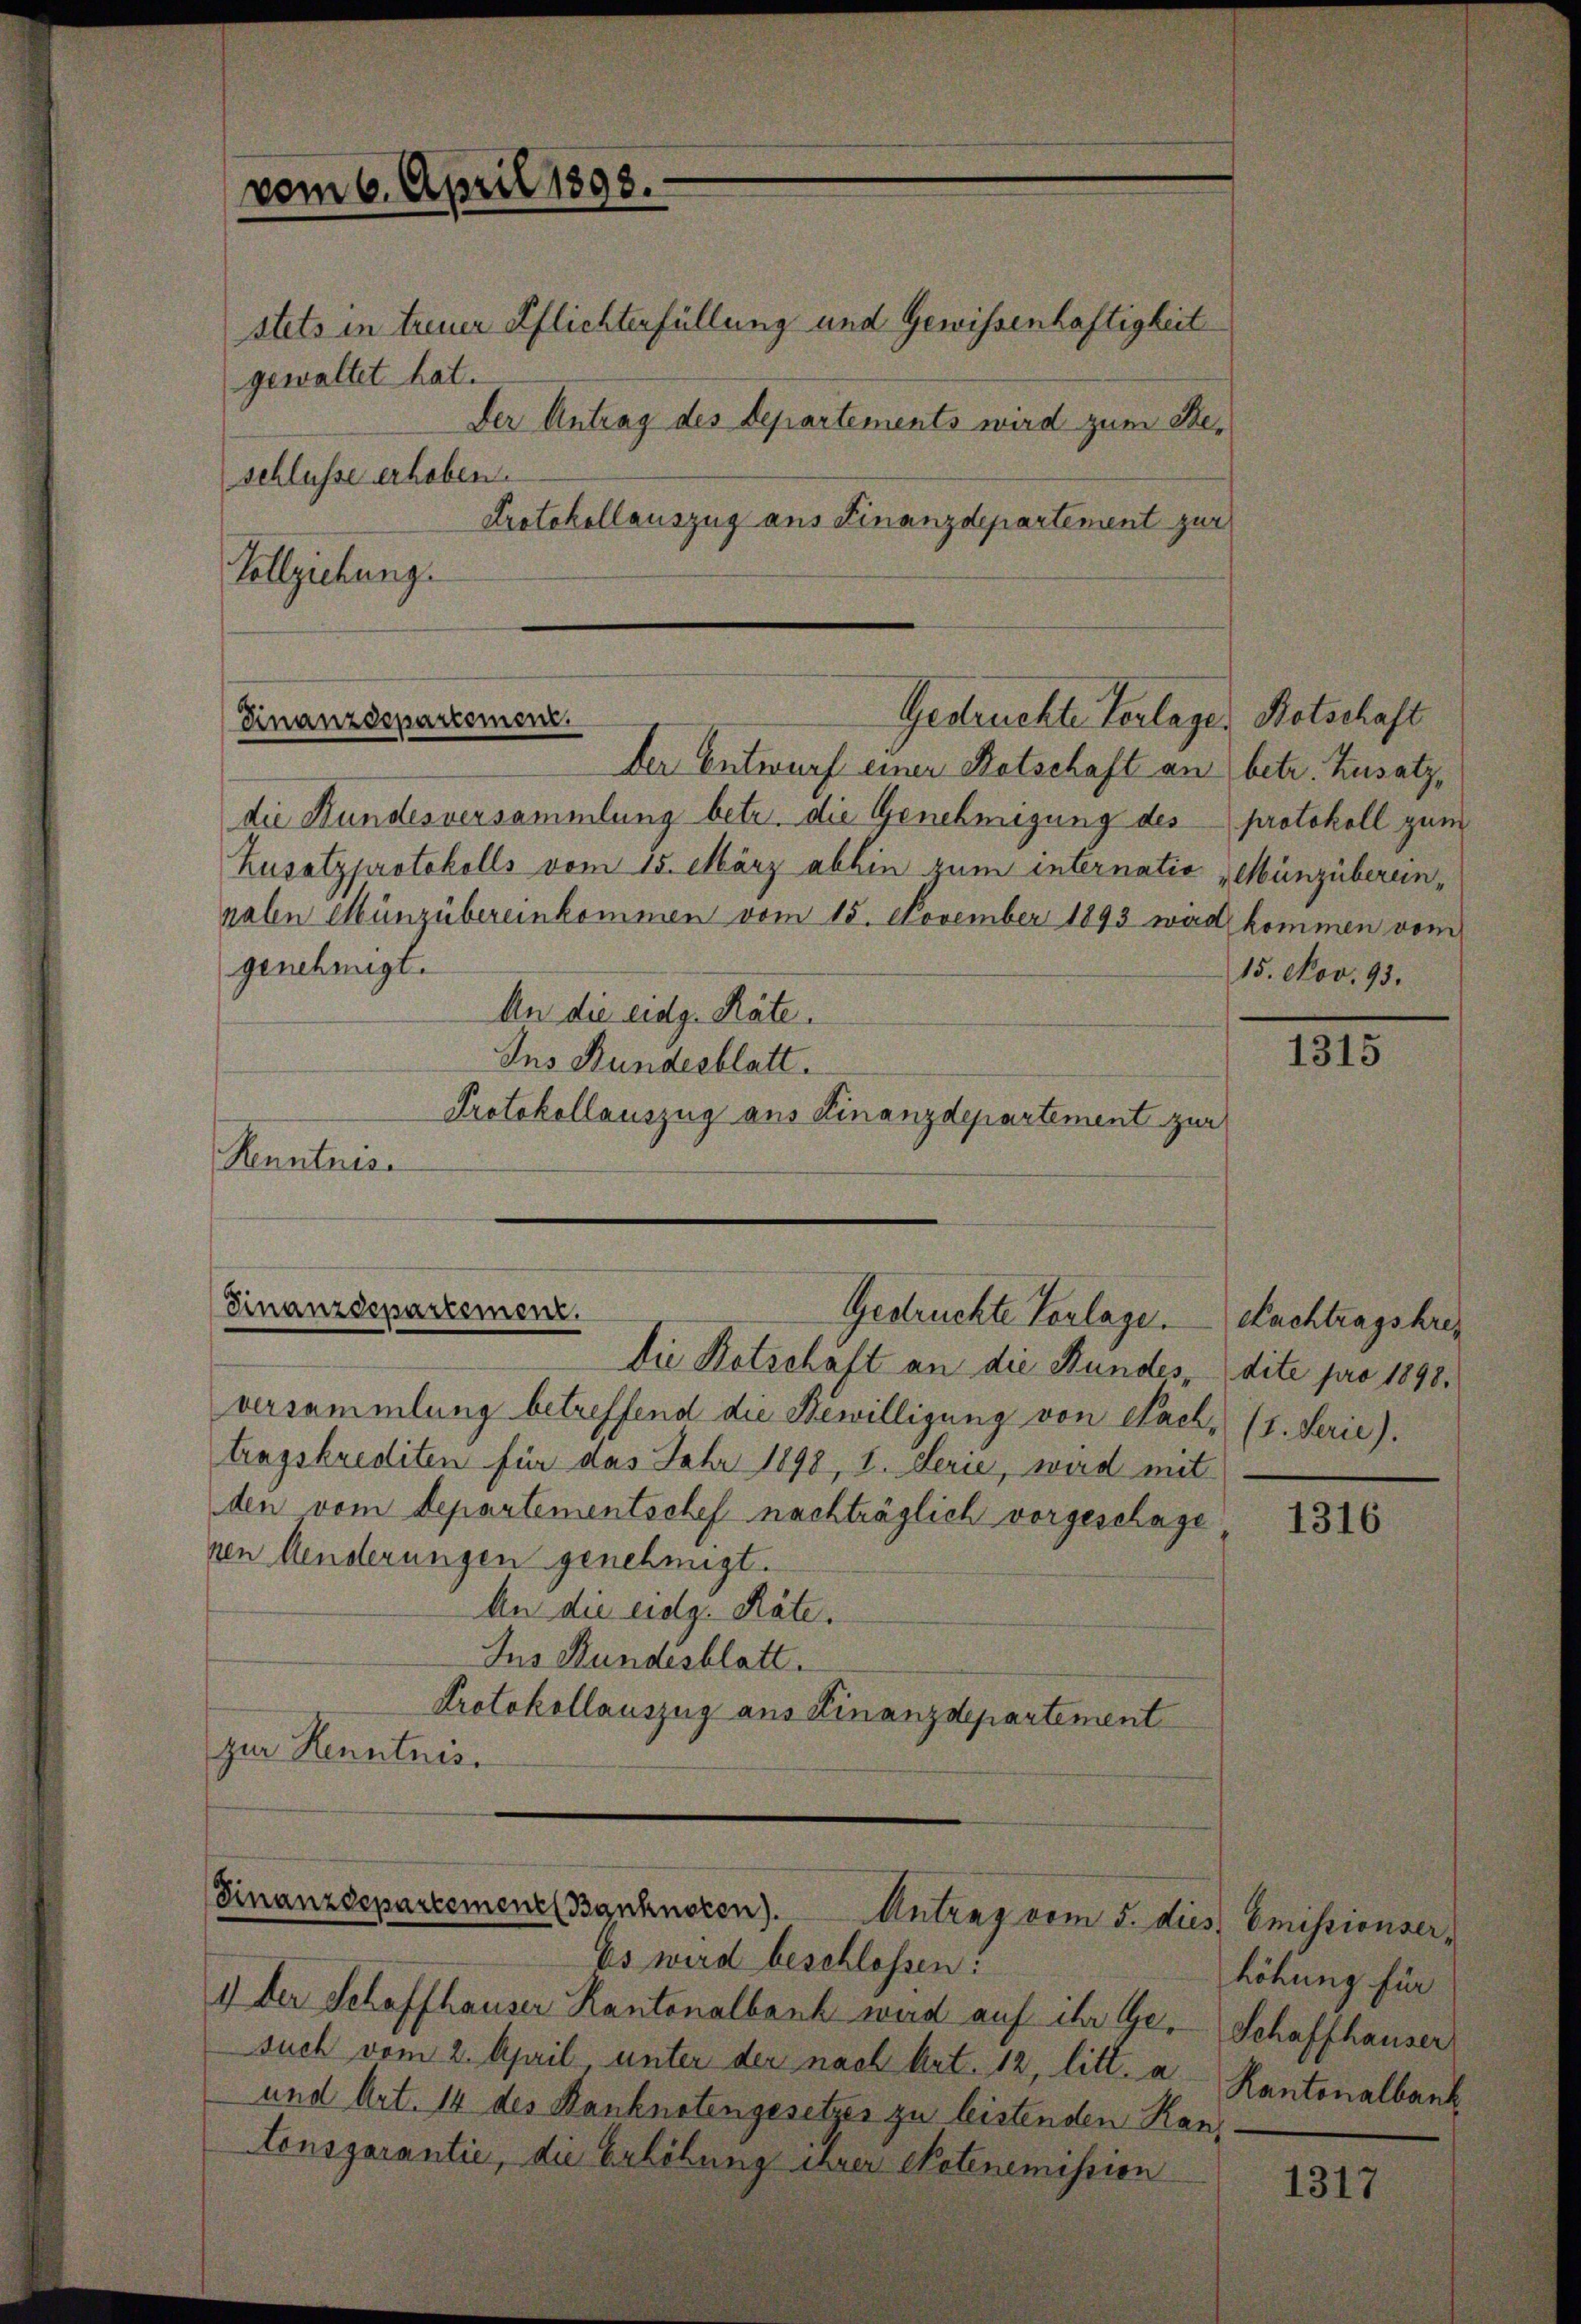
vom 6. April 1893.

Der Antrag des Departements wird zum Steschlüsse erhoben.
Protokollauszug aus Finanzdepartement zur

Gedruckte Verlager Botschaft
Finanzdepartement

stets in treuer Pflichterfüllung und Gewissenhaftigkeit
gewaltet hat.

Vollziehung

der Entwurf einer Botschaft an betr. Zusatzdie Hundesversammlung betr. die Genehmigung des protokoll zum
Zusatzprotokolls vom 15. März abhin zum internatio Münzübereinnalen Münzübereinkommen vom 15. November 1893 war kommen vom
genehmigt.
An die eidg. Räte.
Ins Bundesblatt.
Protokollauszug aus Finanzdepartement zur
Kenntnis

Finanzdepartement.
Gestruchte Verlage.
Die Kotschaft an die Stundes, dite pro 1898.

versammlung betreffend die Bewilligung von Nach (1. Serie).
tragskrediten für das Jahr 1898, I. Serie, wird mit
den vom Departementschef nachträglich vorgeschage
nen Aenderungen genehmigt.
An die eidg. Räte.
Ins Bundesblatt.
Protokollauszug aus Finanzdepartement
zur Kenntnis.

Finanzdepartemene Banknocen). Antrag vom 5. dies Emissionser-
Es wird beschlossen!

1) der Schaffhauser Kantonalbank wird auf ihr Gesuch vom 2. April unter der nach Art. 12, litt. a
und Art. 14 des Banknotengesetzes zu leistenden Kan¬
Consgarantie, die Erhebung ihrer Notenemission

15. Nov. 93.

1315

Nachtragskrei

1316

höhung für
Schaffhauser
Kantonalbank

1317